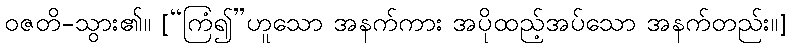
ဝဇတိ-သွား၏။ [“ကြံ၍”ဟူသော အနက်ကား အပိုထည့်အပ်သော အနက်တည်း။]